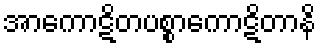
အာကောဋိတပစ္စာကောဋိတာနိ